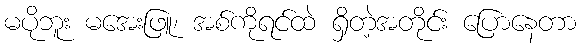
မပိုဘူး မအေးဖြူ၊ အစ်ကိုရင်ထဲ ရှိတဲ့အတိုင်း ပြောနေတာ